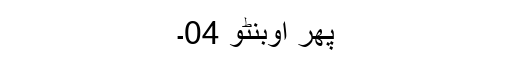
پھر اوبنٹو 04۔